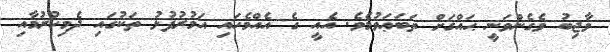
ވާޖިބު ވެގެންވަނީ ޙައްޤަށް ތަބަޢަވުމެވެ. އެއީ ގެ އެއްމެހައި އަމުރުފުޅު ތަކުގައި ދެމިހުރުމާއި